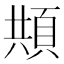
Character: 𩒓